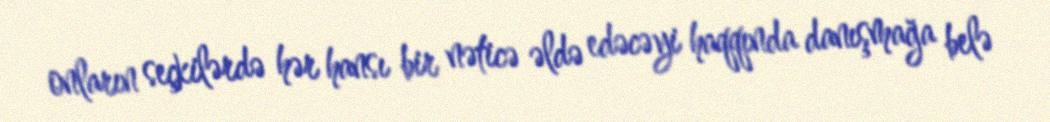
onların seçkilərdə hər hansı bir nəticə əldə edəcəyi haqqında danışmağa belə